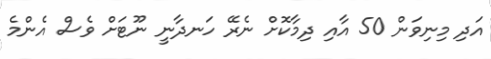
އަދި މިނިވަން 50 އާއި ދިމާކޮށް ނެރޭ ހަނދާނީ ނޫޓަށް ވެސް އެންމެ